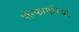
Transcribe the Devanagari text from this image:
पोरफायरिया